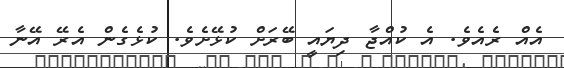
އެއް ރެއެވެ. އެ ކުއްޖާ ދިޔައީ ބޭރަށް ކުޅޭށެވެ. ކުޅެގެން އެރޭ އޭނާ